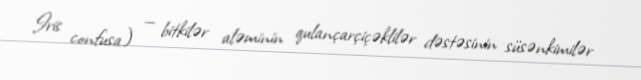
Iris confusa) — bitkilər aləminin qulançarçiçəklilər dəstəsinin süsənkimilər